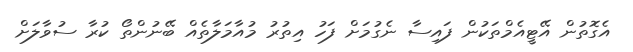
އެގޮތުން އޭޓީއެމްތަކުން ފައިސާ ނެގުމަށް ފަހު އިތުރު މުއާމަލާތެއް ބޭނުންތޯ ކުރާ ސުވާލަށް